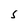
Character: S